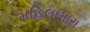
મહિલામારા